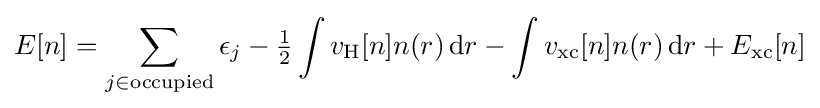
E[n]=\sum _{j\in {\text{occupied}}}\epsilon _{j}-{\tfrac {1}{2}}\int v_{\rm {H}}[n]n(r)\,\mathrm {d} r-\int v_{\rm {xc}}[n]n(r)\,\mathrm {d} r+E_{\rm {xc}}[n]